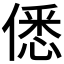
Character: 僁